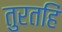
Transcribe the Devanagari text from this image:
तुरतहिं